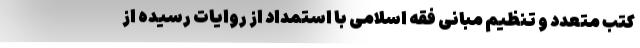
کتب متعدد و تنظیم مبانی فقه اسلامی با استمداد از روایات رسیده‌ از